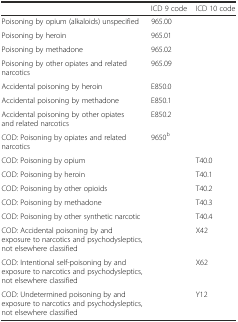
|  | ICD 9 code | ICD 10 code |
 | --- | --- | --- |
 | Poisoning by opium (alkaloids) unspecified | 965.00 |  |
 | Poisoning by heroin | 965.01 |  |
 | Poisoning by methadone | 965.02 |  |
 | Poisoning by other opiates and related narcotics | 965.09 |  |
 | Accidental poisoning by heroin | E850.0 |  |
 | Accidental poisoning by methadone | E850.1 |  |
 | Accidental poisoning by other opiates and related narcotics | E850.2 |  |
 | COD: Poisoning by opiates and related narcotics | 9650b |  |
 | COD: Poisoning by opium |  | T40.0 |
 | COD: Poisoning by heroin |  | T40.1 |
 | COD: Poisoning by other opioids |  | T40.2 |
 | COD: Poisoning by methadone |  | T40.3 |
 | COD: Poisoning by other synthetic narcotic |  | T40.4 |
 | COD: Accidental poisoning by and exposure to narcotics and psychodysleptics, not elsewhere classified |  | X42 |
 | COD: Intentional self-poisoning by and exposure to narcotics and psychodysleptics, not elsewhere classified |  | X62 |
 | COD: Undetermined poisoning by and exposure to narcotics and psychodysleptics, not elsewhere classified |  | Y12 |